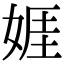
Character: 娾